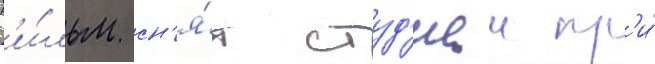
Ф'и́льм сн'я́т студ'иеи пр'и́